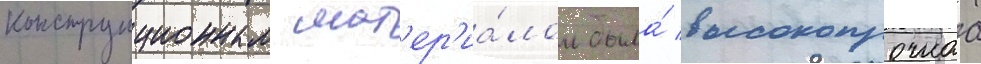
конструкционным мат'ер'иа́лом была́ высокопрочнаа